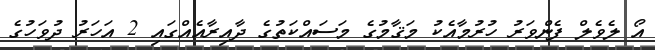
އޯ ލެވެލް ފެންވަރު ހުރުމާއެކު މަޤާމުގެ މަސައްކަތުގެ ދާއިރާއެއްގައި 2 އަހަރު ދުވަހުގެ